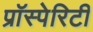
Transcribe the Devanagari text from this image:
प्रॉस्पेरिटी